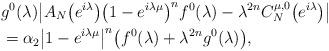
LaTeX: \begin{align*}&g^0(\lambda)\big|A_N\bigl(e^{i\lambda}\bigr)\bigl(1-e^{i\lambda\mu}\bigr)^{n}f^0(\lambda)-\lambda^{2n}C^{\mu,0}_{N}\bigl(e^{i\lambda}\bigr)\big|\\&=\alpha_2\big|1-e^{i\lambda\mu}\big|^{n}\bigl(f^0(\lambda)+\lambda^{2n}g^0(\lambda)\bigr),\label{D1rivn2_i_st.n_d}\end{align*}